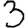
Digit: 3